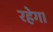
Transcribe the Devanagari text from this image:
रहेग।